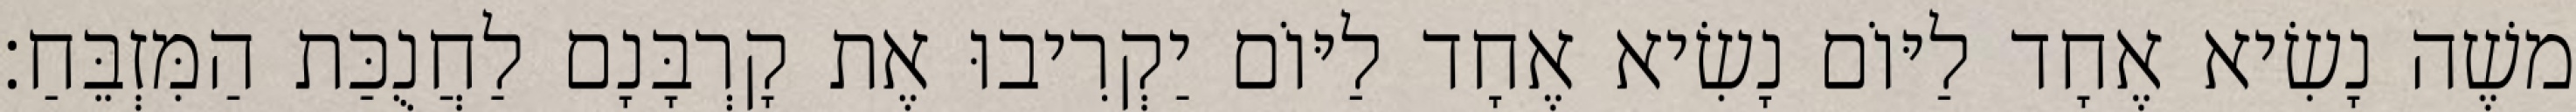
משֶׁה נָשִׂיא אֶחָד לַיּוֹם נָשִׂיא אֶחָד לַיּוֹם יַקְרִיבוּ אֶת קָרְבָּנָם לַחֲנֻכַּת הַמִּזְבֵּחַ׃